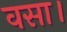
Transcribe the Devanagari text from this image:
वसा।